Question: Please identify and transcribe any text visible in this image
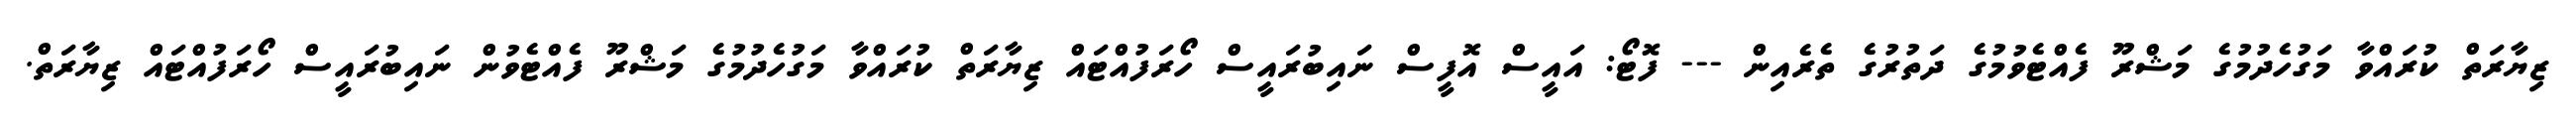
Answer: ޒިޔާރަތް ކުރައްވާ މަގުހެދުމުގެ މަޝްރޫ ފެއްޓެވުމުގެ ދަތުރުގެ ތެރެއިން --- ފޮޓޯ: އައީސް އޮފީސް ނައިބުރައީސް ހޯރަފުއްޓައް ޒިޔާރަތް ކުރައްވާ މަގުހެދުމުގެ މަޝްރޫ ފެއްޓެވުން ނައިބުރައީސް ހޯރަފުއްޓައް ޒިޔާރަތް.